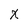
Character: x